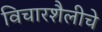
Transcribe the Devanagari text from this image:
विचारशैलीचे